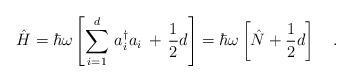
LaTeX: \begin{align*}\hat{H}=\hbar\omega\left[\sum_{i=1}^d\,a_i^\dagger a_i\,+\,\frac{1}{2}d\right]=\hbar\omega\left[\hat{N}+\frac{1}{2}d\right]\ \ \ .\end{align*}